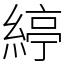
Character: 𦂃